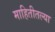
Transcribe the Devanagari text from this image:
माहितीतल्या